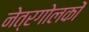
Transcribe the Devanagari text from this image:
नेत्रगोलकों